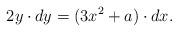
LaTeX: \begin{align*}2 y \cdot dy = (3 x^2 + a) \cdot dx.\end{align*}